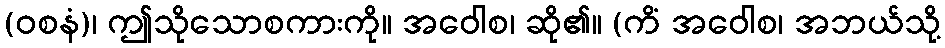
(ဝစနံ)၊ ဤသိုသောစကားကို။ အဝေါစ၊ ဆို၏။ (ကိံ အဝေါစ၊ အဘယ်သို့